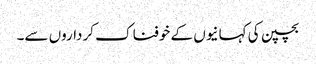
بچپن کی کہانیوں کے خوفناک کرداروں سے۔